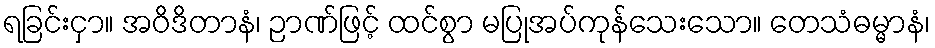
ရခြင်းငှာ။ အဝိဒိတာနံ၊ ဉာဏ်ဖြင့် ထင်စွာ မပြုအပ်ကုန်သေးသော။ တေသံဓမ္မာနံ၊